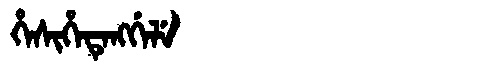
Manchu: ᡥᡝᠰᡳᡥᡝᡨᡝᠩᡤᡝᠯᡝ
Romanization: HESIHETENGGELE